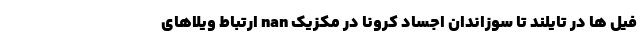
فیل ها در تایلند تا سوزاندان اجساد کرونا در مکزیک nan ارتباط ویلا‌های